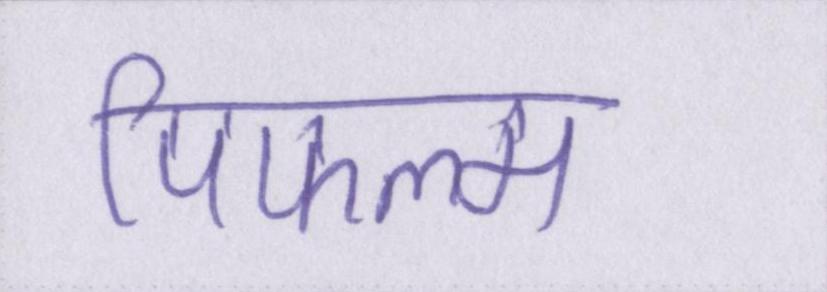
पिफल्म